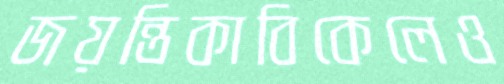
জয়ন্তিকাবিকেলেও